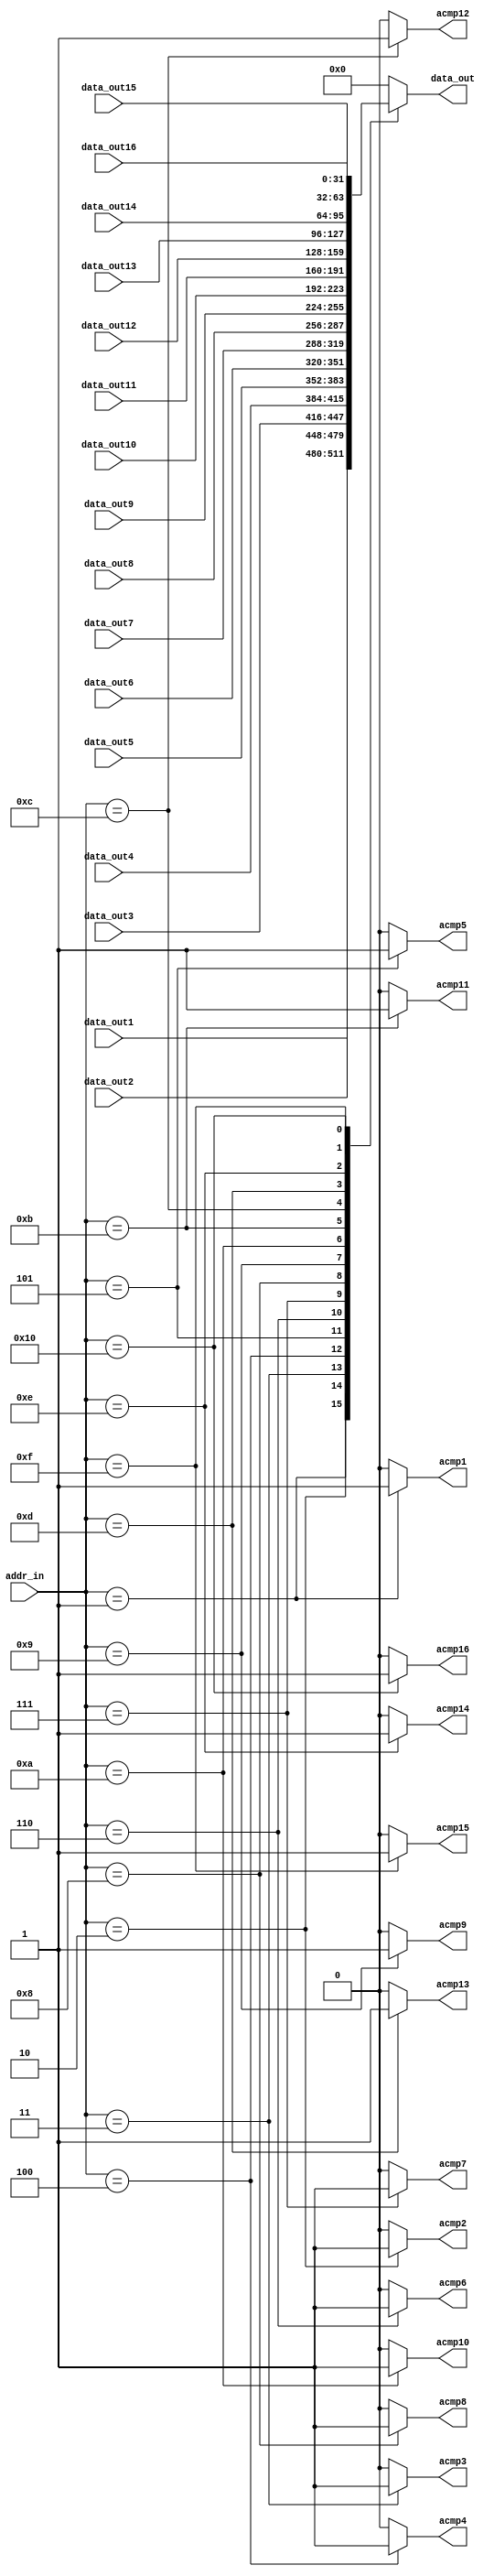
//
// Module:  addr_decode
// Version: 1.0
//
// Description: Wishbone address decoder
module addr_decode(
  input [15:0]addr_in,
  output reg [31:0]data_out,
  output reg acmp1,
  input [31:0]data_out1,
  output reg acmp2,
  input [31:0]data_out2,
  output reg acmp3,
  input [31:0]data_out3,
  output reg acmp4,
  input [31:0]data_out4,
  output reg acmp5,
  input [31:0]data_out5,
  output reg acmp6,
  input [31:0]data_out6,
  output reg acmp7,
  input [31:0]data_out7,
  output reg acmp8,
  input [31:0]data_out8,
  output reg acmp9,
  input [31:0]data_out9,
  output reg acmp10,
  input [31:0]data_out10,
  output reg acmp11,
  input [31:0]data_out11,
  output reg acmp12,
  input [31:0]data_out12,
  output reg acmp13,
  input [31:0]data_out13,
  output reg acmp14,
  input [31:0]data_out14,
  output reg acmp15,
  input [31:0]data_out15,
  output reg acmp16,
  input [31:0]data_out16
);

always@(*)
  case(addr_in[15:0])
  16'h01:
  begin
    acmp1 <= 1'b1;
    acmp2 <= 1'b0;
    acmp3 <= 1'b0;
    acmp4 <= 1'b0;
    acmp5 <= 1'b0;
    acmp6 <= 1'b0;
    acmp7 <= 1'b0;
    acmp8 <= 1'b0;
    acmp9 <= 1'b0;
    acmp10 <= 1'b0;
    acmp11 <= 1'b0;
    acmp12 <= 1'b0;
    acmp13 <= 1'b0;
    acmp14 <= 1'b0;
    acmp15 <= 1'b0;
    acmp16 <= 1'b0;
    data_out <= data_out1;
  end
  16'h02:
  begin
    acmp1 <= 1'b0;
    acmp2 <= 1'b1;
    acmp3 <= 1'b0;
    acmp4 <= 1'b0;
    acmp5 <= 1'b0;
    acmp6 <= 1'b0;
    acmp7 <= 1'b0;
    acmp8 <= 1'b0;
    acmp9 <= 1'b0;
    acmp10 <= 1'b0;
    acmp11 <= 1'b0;
    acmp12 <= 1'b0;
    acmp13 <= 1'b0;
    acmp14 <= 1'b0;
    acmp15 <= 1'b0;
    acmp16 <= 1'b0;
    data_out <= data_out2;
  end
  16'h03:
  begin
    acmp1 <= 1'b0;
    acmp2 <= 1'b0;
    acmp3 <= 1'b1;
    acmp4 <= 1'b0;
    acmp5 <= 1'b0;
    acmp6 <= 1'b0;
    acmp7 <= 1'b0;
    acmp8 <= 1'b0;
    acmp9 <= 1'b0;
    acmp10 <= 1'b0;
    acmp11 <= 1'b0;
    acmp12 <= 1'b0;
    acmp13 <= 1'b0;
    acmp14 <= 1'b0;
    acmp15 <= 1'b0;
    acmp16 <= 1'b0;
    data_out <= data_out3;
  end
  16'h04:
  begin
    acmp1 <= 1'b0;
    acmp2 <= 1'b0;
    acmp3 <= 1'b0;
    acmp4 <= 1'b1;
    acmp5 <= 1'b0;
    acmp6 <= 1'b0;
    acmp7 <= 1'b0;
    acmp8 <= 1'b0;
    acmp9 <= 1'b0;
    acmp10 <= 1'b0;
    acmp11 <= 1'b0;
    acmp12 <= 1'b0;
    acmp13 <= 1'b0;
    acmp14 <= 1'b0;
    acmp15 <= 1'b0;
    acmp16 <= 1'b0;
    data_out <= data_out4;
  end
  16'h05:
  begin
    acmp1 <= 1'b0;
    acmp2 <= 1'b0;
    acmp3 <= 1'b0;
    acmp4 <= 1'b0;
    acmp5 <= 1'b1;
    acmp6 <= 1'b0;
    acmp7 <= 1'b0;
    acmp8 <= 1'b0;
    acmp9 <= 1'b0;
    acmp10 <= 1'b0;
    acmp11 <= 1'b0;
    acmp12 <= 1'b0;
    acmp13 <= 1'b0;
    acmp14 <= 1'b0;
    acmp15 <= 1'b0;
    acmp16 <= 1'b0;
    data_out <= data_out5;
  end
  16'h06:
  begin
    acmp1 <= 1'b0;
    acmp2 <= 1'b0;
    acmp3 <= 1'b0;
    acmp4 <= 1'b0;
    acmp5 <= 1'b0;
    acmp6 <= 1'b1;
    acmp7 <= 1'b0;
    acmp8 <= 1'b0;
    acmp9 <= 1'b0;
    acmp10 <= 1'b0;
    acmp11 <= 1'b0;
    acmp12 <= 1'b0;
    acmp13 <= 1'b0;
    acmp14 <= 1'b0;
    acmp15 <= 1'b0;
    acmp16 <= 1'b0;
    data_out <= data_out6;
  end
  16'h07:
  begin
    acmp1 <= 1'b0;
    acmp2 <= 1'b0;
    acmp3 <= 1'b0;
    acmp4 <= 1'b0;
    acmp5 <= 1'b0;
    acmp6 <= 1'b0;
    acmp7 <= 1'b1;
    acmp8 <= 1'b0;
    acmp9 <= 1'b0;
    acmp10 <= 1'b0;
    acmp11 <= 1'b0;
    acmp12 <= 1'b0;
    acmp13 <= 1'b0;
    acmp14 <= 1'b0;
    acmp15 <= 1'b0;
    acmp16 <= 1'b0;
    data_out <= data_out7;
  end
  16'h08:
  begin
    acmp1 <= 1'b0;
    acmp2 <= 1'b0;
    acmp3 <= 1'b0;
    acmp4 <= 1'b0;
    acmp5 <= 1'b0;
    acmp6 <= 1'b0;
    acmp7 <= 1'b0;
    acmp8 <= 1'b1;
    acmp9 <= 1'b0;
    acmp10 <= 1'b0;
    acmp11 <= 1'b0;
    acmp12 <= 1'b0;
    acmp13 <= 1'b0;
    acmp14 <= 1'b0;
    acmp15 <= 1'b0;
    acmp16 <= 1'b0;
    data_out <= data_out8;
  end
  16'h09:
  begin
    acmp1 <= 1'b0;
    acmp2 <= 1'b0;
    acmp3 <= 1'b0;
    acmp4 <= 1'b0;
    acmp5 <= 1'b0;
    acmp6 <= 1'b0;
    acmp7 <= 1'b0;
    acmp8 <= 1'b0;
    acmp9 <= 1'b1;
    acmp10 <= 1'b0;
    acmp11 <= 1'b0;
    acmp12 <= 1'b0;
    acmp13 <= 1'b0;
    acmp14 <= 1'b0;
    acmp15 <= 1'b0;
    acmp16 <= 1'b0;
    data_out <= data_out9;
  end
  16'h0a:
  begin
    acmp1 <= 1'b0;
    acmp2 <= 1'b0;
    acmp3 <= 1'b0;
    acmp4 <= 1'b0;
    acmp5 <= 1'b0;
    acmp6 <= 1'b0;
    acmp7 <= 1'b0;
    acmp8 <= 1'b0;
    acmp9 <= 1'b0;
    acmp10 <= 1'b1;
    acmp11 <= 1'b0;
    acmp12 <= 1'b0;
    acmp13 <= 1'b0;
    acmp14 <= 1'b0;
    acmp15 <= 1'b0;
    acmp16 <= 1'b0;
    data_out <= data_out10;
  end
  16'h0b:
  begin
    acmp1 <= 1'b0;
    acmp2 <= 1'b0;
    acmp3 <= 1'b0;
    acmp4 <= 1'b0;
    acmp5 <= 1'b0;
    acmp6 <= 1'b0;
    acmp7 <= 1'b0;
    acmp8 <= 1'b0;
    acmp9 <= 1'b0;
    acmp10 <= 1'b0;
    acmp11 <= 1'b1;
    acmp12 <= 1'b0;
    acmp13 <= 1'b0;
    acmp14 <= 1'b0;
    acmp15 <= 1'b0;
    acmp16 <= 1'b0;
    data_out <= data_out11;
  end
  16'h0c:
  begin
    acmp1 <= 1'b0;
    acmp2 <= 1'b0;
    acmp3 <= 1'b0;
    acmp4 <= 1'b0;
    acmp5 <= 1'b0;
    acmp6 <= 1'b0;
    acmp7 <= 1'b0;
    acmp8 <= 1'b0;
    acmp9 <= 1'b0;
    acmp10 <= 1'b0;
    acmp11 <= 1'b0;
    acmp12 <= 1'b1;
    acmp13 <= 1'b0;
    acmp14 <= 1'b0;
    acmp15 <= 1'b0;
    acmp16 <= 1'b0;
    data_out <= data_out12;
  end
  16'h0d:
  begin
    acmp1 <= 1'b0;
    acmp2 <= 1'b0;
    acmp3 <= 1'b0;
    acmp4 <= 1'b0;
    acmp5 <= 1'b0;
    acmp6 <= 1'b0;
    acmp7 <= 1'b0;
    acmp8 <= 1'b0;
    acmp9 <= 1'b0;
    acmp10 <= 1'b0;
    acmp11 <= 1'b0;
    acmp12 <= 1'b0;
    acmp13 <= 1'b1;
    acmp14 <= 1'b0;
    acmp15 <= 1'b0;
    acmp16 <= 1'b0;
    data_out <= data_out13;
  end
  16'h0e:
  begin
    acmp1 <= 1'b0;
    acmp2 <= 1'b0;
    acmp3 <= 1'b0;
    acmp4 <= 1'b0;
    acmp5 <= 1'b0;
    acmp6 <= 1'b0;
    acmp7 <= 1'b0;
    acmp8 <= 1'b0;
    acmp9 <= 1'b0;
    acmp10 <= 1'b0;
    acmp11 <= 1'b0;
    acmp12 <= 1'b0;
    acmp13 <= 1'b0;
    acmp14 <= 1'b1;
    acmp15 <= 1'b0;
    acmp16 <= 1'b0;
    data_out <= data_out14;
  end
  16'h0f:
  begin
    acmp1 <= 1'b0;
    acmp2 <= 1'b0;
    acmp3 <= 1'b0;
    acmp4 <= 1'b0;
    acmp5 <= 1'b0;
    acmp6 <= 1'b0;
    acmp7 <= 1'b0;
    acmp8 <= 1'b0;
    acmp9 <= 1'b0;
    acmp10 <= 1'b0;
    acmp11 <= 1'b0;
    acmp12 <= 1'b0;
    acmp13 <= 1'b0;
    acmp14 <= 1'b0;
    acmp15 <= 1'b1;
    acmp16 <= 1'b0;
    data_out <= data_out15;
  end
  16'h10:
  begin
    acmp1 <= 1'b0;
    acmp2 <= 1'b0;
    acmp3 <= 1'b0;
    acmp4 <= 1'b0;
    acmp5 <= 1'b0;
    acmp6 <= 1'b0;
    acmp7 <= 1'b0;
    acmp8 <= 1'b0;
    acmp9 <= 1'b0;
    acmp10 <= 1'b0;
    acmp11 <= 1'b0;
    acmp12 <= 1'b0;
    acmp13 <= 1'b0;
    acmp14 <= 1'b0;
    acmp15 <= 1'b0;
    acmp16 <= 1'b1;
    data_out <= data_out16;
  end
  default:
  begin
    acmp1 <= 1'b0;
    acmp2 <= 1'b0;
    acmp3 <= 1'b0;
    acmp4 <= 1'b0;
    acmp5 <= 1'b0;
    acmp6 <= 1'b0;
    acmp7 <= 1'b0;
    acmp8 <= 1'b0;
    acmp9 <= 1'b0;
    acmp10 <= 1'b0;
    acmp11 <= 1'b0;
    acmp12 <= 1'b0;
    acmp13 <= 1'b0;
    acmp14 <= 1'b0;
    acmp15 <= 1'b0;
    acmp16 <= 1'b0;
  data_out <= 32'h00000000;
  end
  endcase

endmodule